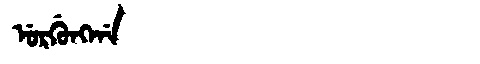
Manchu: ᡠᡵᡤᡠᠩᡤᠠ
Romanization: URGUNGGA